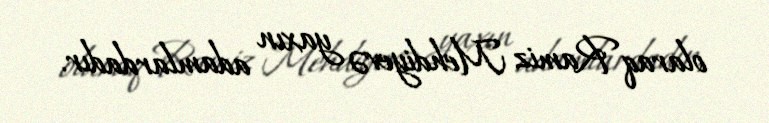
olaraq Ramiz Mehdiyevə yaxın adamlardadır.